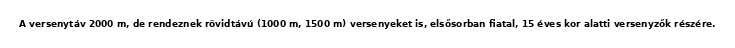
A versenytáv 2000 m, de rendeznek rövidtávú (1000 m, 1500 m) versenyeket is, elsősorban fiatal, 15 éves kor alatti versenyzők részére.